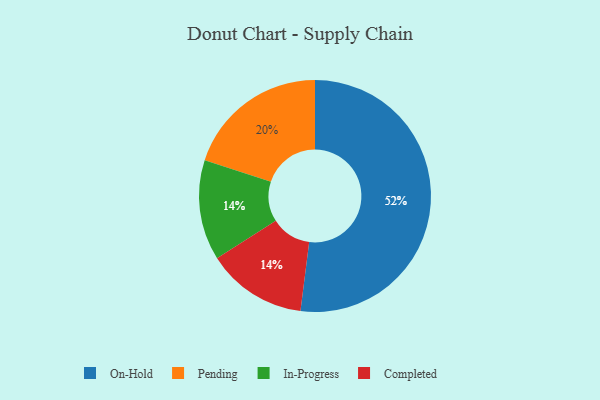
{"axis": {"x": "Category", "y": "Percentage"}, "legend": ["Completed", "In-Progress", "On-Hold", "Pending"], "data": [{"x": "In-Progress", "y": 14, "type": "In-Progress"}, {"x": "On-Hold", "y": 52, "type": "On-Hold"}, {"x": "Pending", "y": 20, "type": "Pending"}, {"x": "Completed", "y": 14, "type": "Completed"}]}